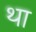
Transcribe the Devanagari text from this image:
था